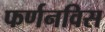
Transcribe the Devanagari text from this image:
फर्णनविस